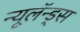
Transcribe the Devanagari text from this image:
न्यूलॅन्ड्स